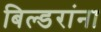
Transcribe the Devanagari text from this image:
बिल्डरांना